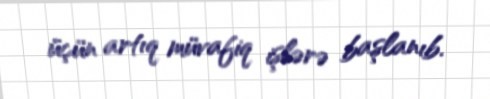
üçün artıq müvafiq işlərə başlanıb.